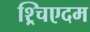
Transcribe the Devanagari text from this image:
श्र्चिएदम